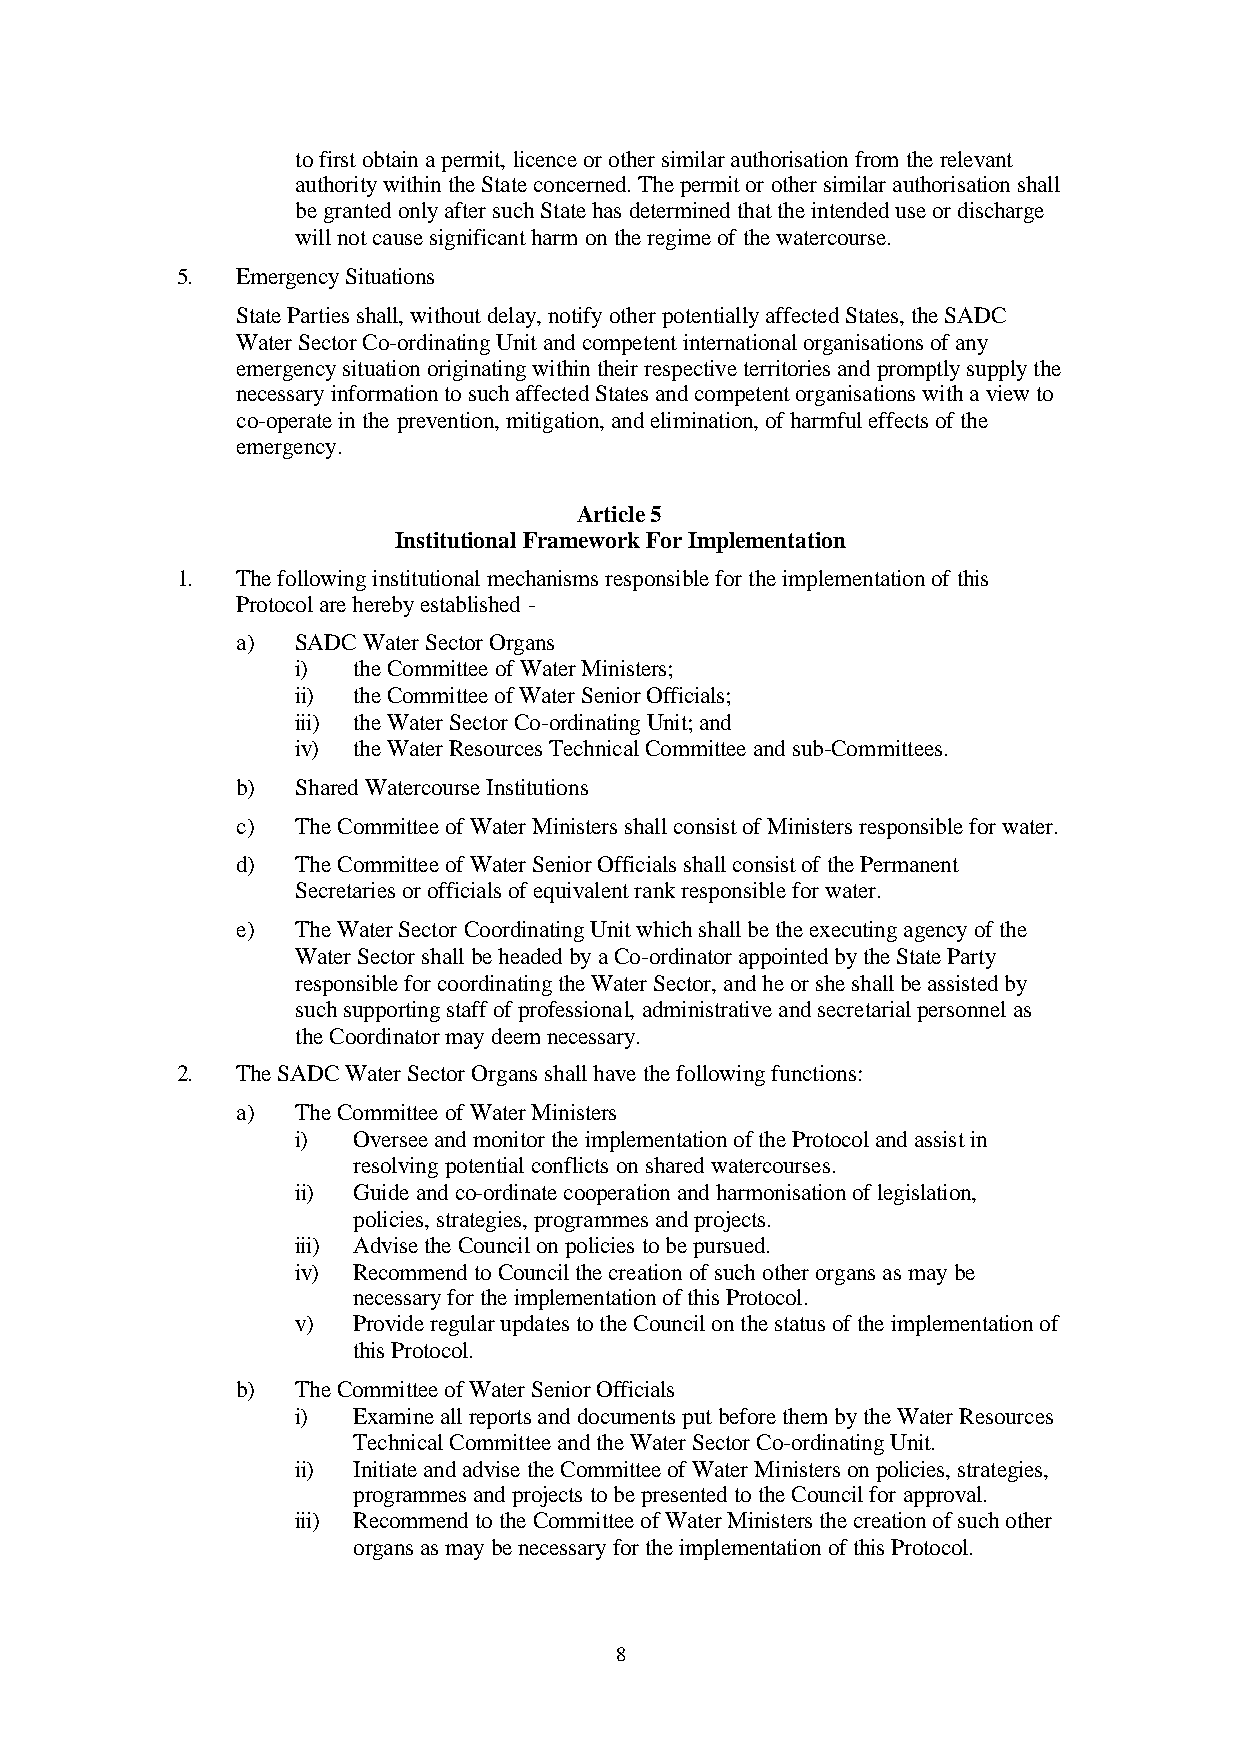
to first obtain a permit, licence or other similar authorisation from the relevant
 authority within the State concerned. The permit or other similar authorisation shall
 be granted only after such State has determined that the intended use or discharge
 will not cause significant harm on the regime of the watercourse.
 5.  Emergency Situations
 State Parties shall, without delay, notify other potentially affected States, the SADC
 Water Sector Co-ordinating Unit and competent international organisations of any
 emergency situation originating within their respective territories and promptly supply the
 necessary information to such affected States and competent organisations with a view to
 co-operate in the prevention, mitigation, and elimination, of harmful effects of the
 emergency.
 Article 5
 Institutional Framework For Implementation
 1.  The following institutional mechanisms responsible for the implementation of this
 Protocol are hereby established -
 a)  SADC Water Sector Organs
 i) the Committee of Water Ministers;
 ii) the Committee of Water Senior Officials;
 iii) the Water Sector Co-ordinating Unit; and
 iv) the Water Resources Technical Committee and sub-Committees.
 b)  Shared Watercourse Institutions
 c)  The Committee of Water Ministers shall consist of Ministers responsible for water.
 d)  The Committee of Water Senior Officials shall consist of the Permanent
 Secretaries or officials of equivalent rank responsible for water.
 e)  The Water Sector Coordinating Unit which shall be the executing agency of the
 Water Sector shall be headed by a Co-ordinator appointed by the State Party
 responsible for coordinating the Water Sector, and he or she shall be assisted by
 such supporting staff of professional, administrative and secretarial personnel as
 the Coordinator may deem necessary.
 2.  The SADC Water Sector Organs shall have the following functions:
 a)  The Committee of Water Ministers
 i) Oversee and monitor the implementation of the Protocol and assist in
 resolving potential conflicts on shared watercourses.
 ii) Guide and co-ordinate cooperation and harmonisation of legislation,
 policies, strategies, programmes and projects.
 iii) Advise the Council on policies to be pursued.
 iv) Recommend to Council the creation of such other organs as may be
 necessary for the implementation of this Protocol.
 v) Provide regular updates to the Council on the status of the implementation of
 this Protocol.
 b)  The Committee of Water Senior Officials
 i) Examine all reports and documents put before them by the Water Resources
 Technical Committee and the Water Sector Co-ordinating Unit.
 ii) Initiate and advise the Committee of Water Ministers on policies, strategies,
 programmes and projects to be presented to the Council for approval.
 iii) Recommend to the Committee of Water Ministers the creation of such other
 organs as may be necessary for the implementation of this Protocol.
 8